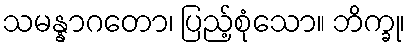
သမန္နာဂတော၊ ပြည့်စုံသော။ ဘိက္ခု၊